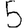
Digit: 5